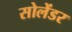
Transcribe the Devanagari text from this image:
सोलेंडर